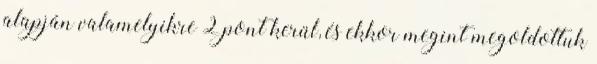
alapján valamelyikre 2 pont kerül, és ekkor megint megoldottuk